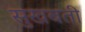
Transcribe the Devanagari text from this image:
सुखबती